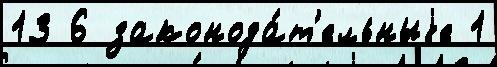
13 6 законода́т'ельныjе 1